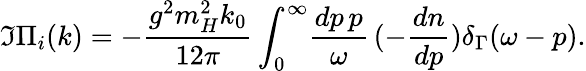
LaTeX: \Im\Pi_{i}(k)=-\frac{g^{2}m_{H}^{2}k_{0}}{12\pi}\int_{0}^{\infty}\! \frac{dp\, p}{\omega}\, (-\frac{dn}{dp})\delta_{\Gamma}(\omega-p).